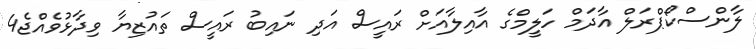
ލާންސްކޯޕްރަލް އާދަމް ހަލީމްގެ އާއިލާއަށް ރައީސް އަދި ނައިބު ރައީސް ތައުޒިޔާ ވިދާޅުވެއްޖެ4